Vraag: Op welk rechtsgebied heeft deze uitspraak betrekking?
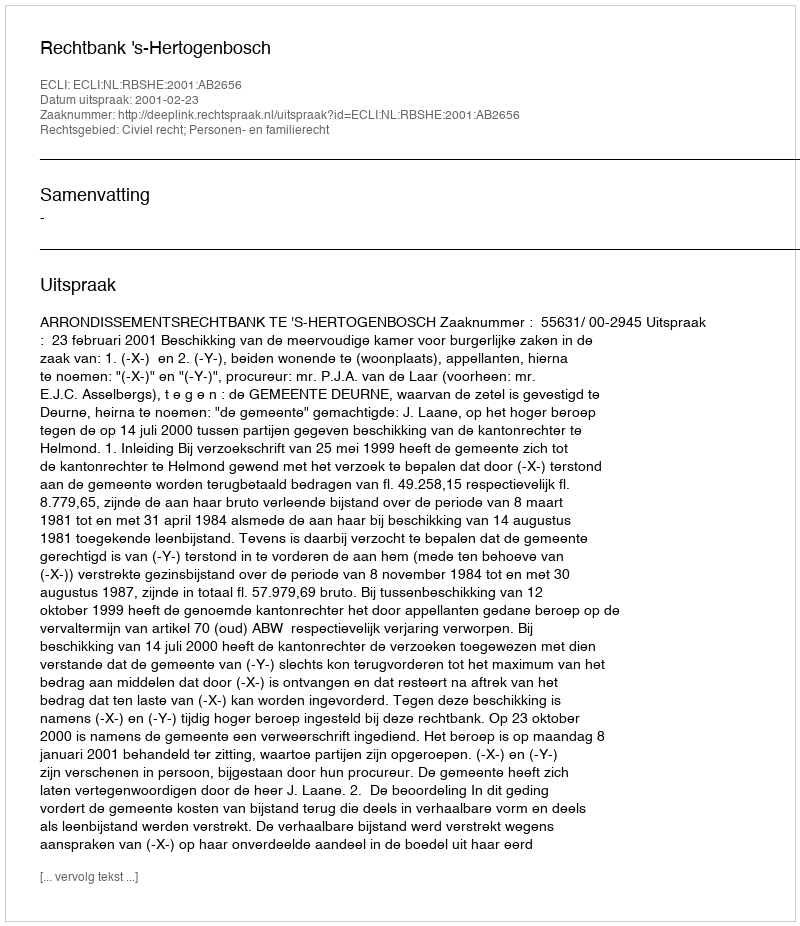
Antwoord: Civiel recht; Personen- en familierecht